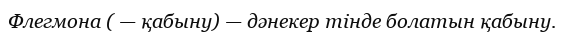
Флегмона ( — қабыну) — дәнекер тінде болатын қабыну.